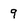
Character: 9